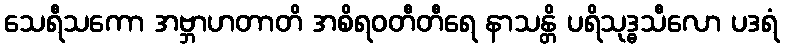
သေရီသကော အဗ္ဘာဟတာတိ အစိရဝတီတီရေ နာသန္တိ ပရိသုဒ္ဓသီလော ပဒရံ